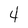
Character: 4